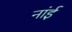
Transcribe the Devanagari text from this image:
नांई